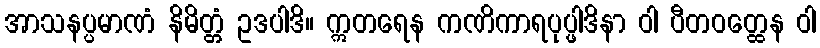
အာသနပ္ပမာဏံ နိမိတ္တံ ဥဒပါဒိ။ ဣတရေန ကဏိကာရပုပ္ဖါဒိနာ ဝါ ပီတဝတ္ထေန ဝါ